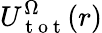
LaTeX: U_{\mathrm{~t~o~t~}}^{\Omega}(r)